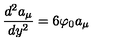
\frac { d ^ { 2 } a _ { \mu } } { d y ^ { 2 } } = 6 \varphi _ { 0 } a _ { \mu }